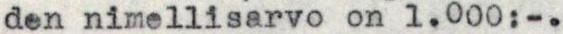
den nimellisarvo on 1.000:-